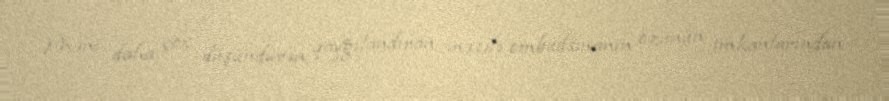
Məni daha çox düşündürən, qayğılandıran məsələ ombudsmanın özünün imkanlarından